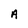
Character: A